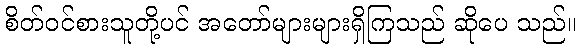
စိတ်ဝင်စားသူတို့ပင် အတော်များများရှိကြသည် ဆိုပေ သည်။